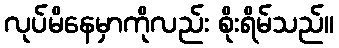
လုပ်မိနေမှာကိုလည်း စိုးရိမ်သည်။